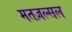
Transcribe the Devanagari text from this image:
मतज़ल्सल